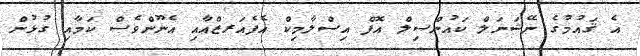
އެ ޤައުމުގެ ނޭޝަނަލް ކައުންސިލް އޮފް އިސްލާމިކް އެފެއަރޒްއާއި އެނޫންވެސް ކަމާއި ގުޅުން